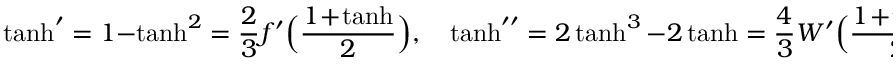
\operatorname { t a n h } ^ { \prime } = 1 - \operatorname { t a n h } ^ { 2 } = \frac 2 3 f ^ { \prime } \Big ( \frac { 1 \! + \! \operatorname { t a n h } } 2 \Big ) , \quad \operatorname { t a n h } ^ { \prime \prime } = 2 \operatorname { t a n h } ^ { 3 } - 2 \operatorname { t a n h } = \frac 4 3 W ^ { \prime } \Big ( \frac { 1 \! + \! \operatorname { t a n h } } 2 \Big ) .